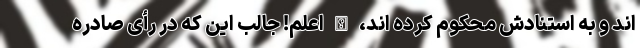
اند و به استنادش محکوم کرده اند، الله اعلم! جالب این که در رأی صادره